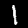
Digit: 1